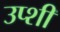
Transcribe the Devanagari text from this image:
उप्शी